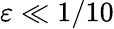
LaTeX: \varepsilon\ll 1/10